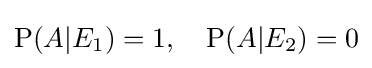
\operatorname {P} (A|E_{1})=1,\quad \operatorname {P} (A|E_{2})=0